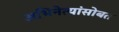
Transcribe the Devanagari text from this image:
अभिनेत्यांसोबत